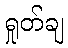
ရှုတ်ချ